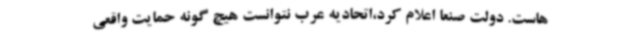
هاست. دولت صنعا اعلام کرد،اتحادیه عرب نتوانست هیچ گونه حمایت واقعی